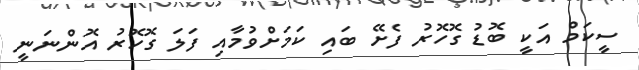
ސީކަމް އަކީ ބޮޑު ގޮހޮރު ފެށޭ ބައި ކަމަށްވުމާއި ފަލަ ގޮހޮރު އޮންނަނީ